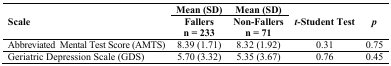
<table><thead><tr><td rowspan="2"><b>Scale</b></td><td><b>Mean (SD)</b></td><td><b>Mean (SD)</b></td><td rowspan="2"><b><i>t</i>-Student Test</b></td><td rowspan="2"><b><i>p</i></b></td></tr><tr><td><b>Fallers n = 233</b></td><td><b>Non-Fallers n = 71</b></td></tr></thead><tbody><tr><td>Abbreviated Mental Test Score (AMTS)</td><td>8.39 (1.71)</td><td>8.32 (1.92)</td><td>0.31</td><td>0.75</td></tr><tr><td>Geriatric Depression Scale (GDS)</td><td>5.70 (3.32)</td><td>5.35 (3.67)</td><td>0.76</td><td>0.45</td></tr></tbody></table>